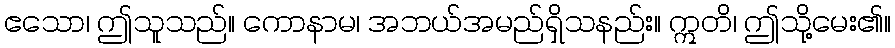
ဧသော၊ ဤသူသည်။ ကောနာမ၊ အဘယ်အမည်ရှိသနည်း။ ဣတိ၊ ဤသို့မေး၏။